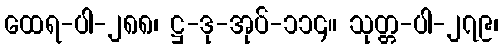
ထေရ-ပါ-၂၈၈၊ ဋ္ဌ-ဒု-အုပ်-၁၁၄။ သုတ္တ-ပါ-၂၇၉၊